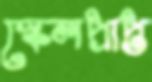
স্কেলপ্রাপ্ত